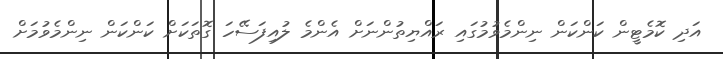
އަދި ކޮމެޓީން ކަންކަން ނިންމެވުމުގައި ރައްޔިތުންނަށް އެންމެ ލުއިފަސޭހަ ގޮތަކަށް ކަންކަން ނިންމެވުމަށް